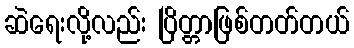
ဆဲရေးလို့လည်း ပြိတ္တာဖြစ်တတ်တယ်